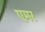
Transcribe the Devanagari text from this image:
एमर